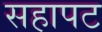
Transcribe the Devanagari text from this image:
सहापट